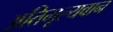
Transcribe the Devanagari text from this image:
अतिमूल्यवान